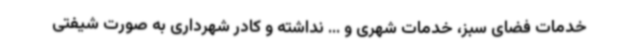
خدمات فضای سبز، خدمات‌ شهری و ... نداشته و کادر شهرداری به صورت شیفتی